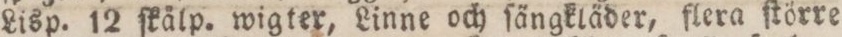
Lisp. 12 ſkålp. wigter, Linne och ſängkläder, flera ſtörre